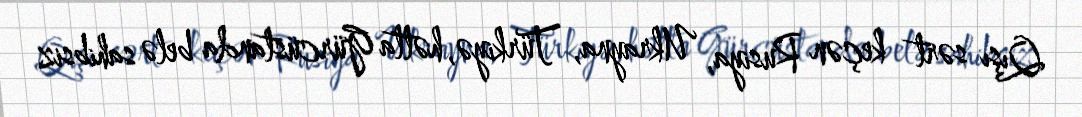
Qışı sərt keçən Rusiya, Ukrayna, Türkiyə, hətta Gürcüstanda belə sahibsiz